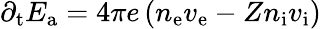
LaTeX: \partial_{\mathrm{t}}E_{\mathrm{a}}=4\pi e\left(n_{\mathrm{{e}}}v_{\mathrm{{e}}}-Zn_{\mathrm{{i}}}v_{\mathrm{i}}\right)